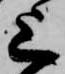
上